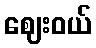
ဈေးဝယ်